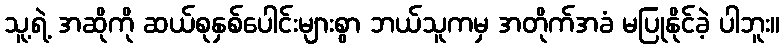
သူ့ရဲ့ အဆိုကို ဆယ်စုနှစ်ပေါင်းများစွာ ဘယ်သူကမှ အတိုက်အခံ မပြုနိုင်ခဲ့ ပါဘူး။